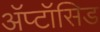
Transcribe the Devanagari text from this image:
अॅप्टॉसिड